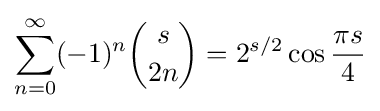
\sum _{n=0}^{\infty }(-1)^{n}{s \choose 2n}=2^{s/2}\cos {\frac {\pi s}{4}}